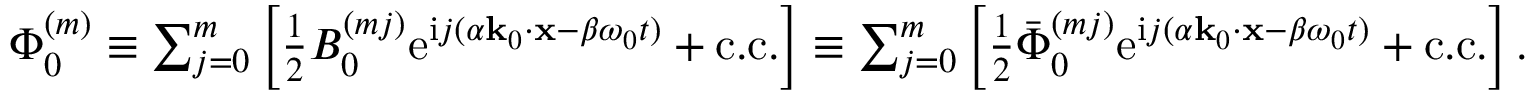
\begin{array} { r } { \Phi _ { 0 } ^ { ( m ) } \equiv \sum _ { j = 0 } ^ { m } \left[ \frac { 1 } { 2 } B _ { 0 } ^ { ( m j ) } \mathrm { e } ^ { \mathrm { i } j ( \alpha \mathbf { k } _ { 0 } \cdot \mathbf { x } - \beta \omega _ { 0 } t ) } + \mathrm { c . c . } \right] \equiv \sum _ { j = 0 } ^ { m } \left[ \frac { 1 } { 2 } \bar { \Phi } _ { 0 } ^ { ( m j ) } \mathrm { e } ^ { \mathrm { i } j ( \alpha \mathbf { k } _ { 0 } \cdot \mathbf { x } - \beta \omega _ { 0 } t ) } + \mathrm { c . c . } \right] . } \end{array}